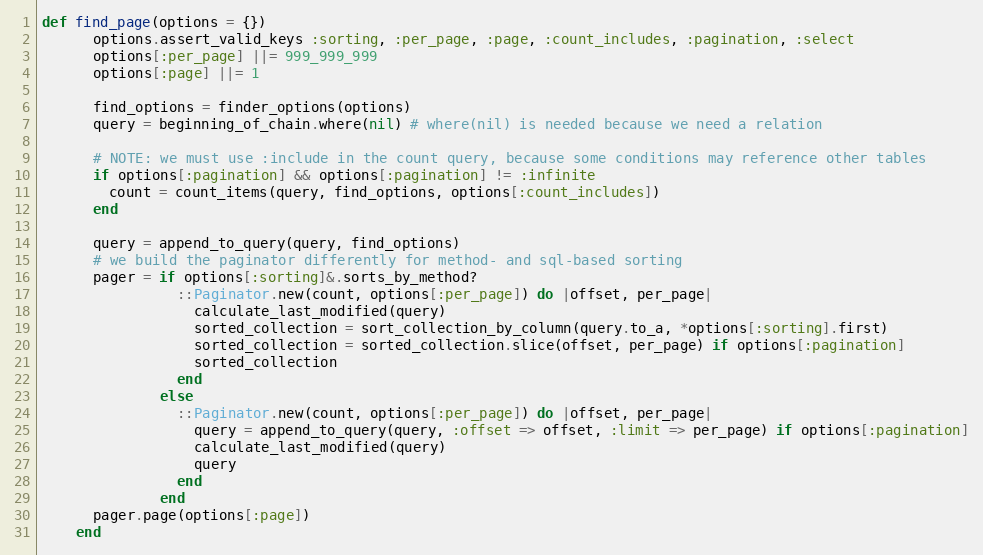
Language: Ruby
def find_page(options = {})
      options.assert_valid_keys :sorting, :per_page, :page, :count_includes, :pagination, :select
      options[:per_page] ||= 999_999_999
      options[:page] ||= 1

      find_options = finder_options(options)
      query = beginning_of_chain.where(nil) # where(nil) is needed because we need a relation

      # NOTE: we must use :include in the count query, because some conditions may reference other tables
      if options[:pagination] && options[:pagination] != :infinite
        count = count_items(query, find_options, options[:count_includes])
      end

      query = append_to_query(query, find_options)
      # we build the paginator differently for method- and sql-based sorting
      pager = if options[:sorting]&.sorts_by_method?
                ::Paginator.new(count, options[:per_page]) do |offset, per_page|
                  calculate_last_modified(query)
                  sorted_collection = sort_collection_by_column(query.to_a, *options[:sorting].first)
                  sorted_collection = sorted_collection.slice(offset, per_page) if options[:pagination]
                  sorted_collection
                end
              else
                ::Paginator.new(count, options[:per_page]) do |offset, per_page|
                  query = append_to_query(query, :offset => offset, :limit => per_page) if options[:pagination]
                  calculate_last_modified(query)
                  query
                end
              end
      pager.page(options[:page])
    end